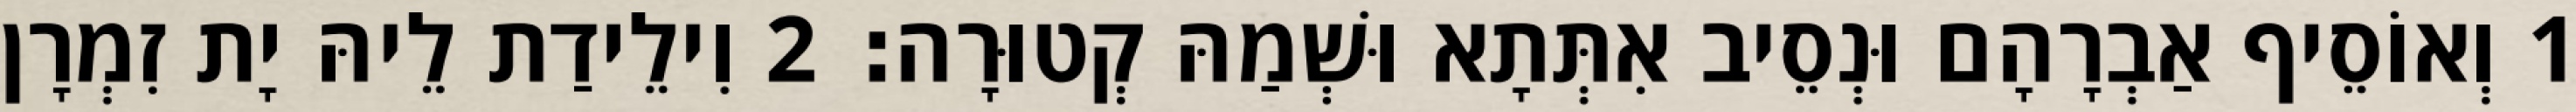
1 וְאוֹסֵיף אַבְרָהָם וּנְסֵיב אִתְּתָא וּשְׁמַהּ קְטוּרָה׃ 2 וִילֵידַת לֵיהּ יָת זִמְרָן